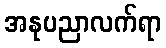
အနုပညာလက်ရာ